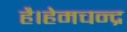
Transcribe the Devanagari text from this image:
है।हेमचन्द्र